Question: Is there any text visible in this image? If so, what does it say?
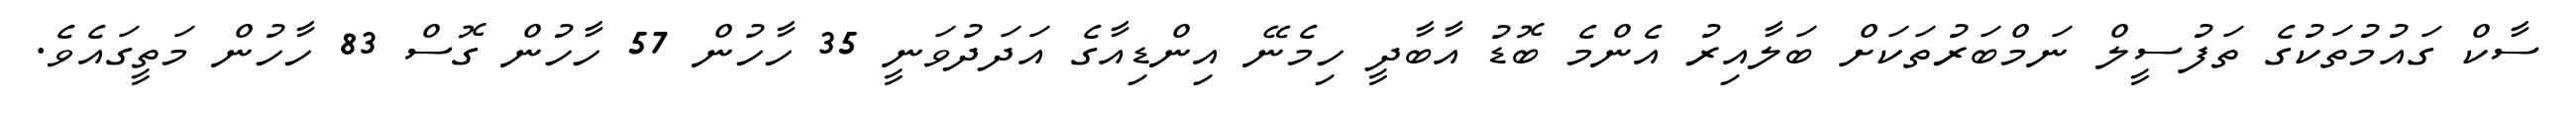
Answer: ސާކް ގައުމުތަކުގެ ތަފުސީލް ނަމްބަރުތަކަށް ބަލާއިރު އެންމެ ބޮޑު އާބާދީ ހިމެނޭ އިންޑިއާގެ އަދަދުވަނީ 35 ހާހުން 57 ހާހުން ގޮސް 83 ހާހުން މަތީގައެވެ.